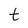
Character: t